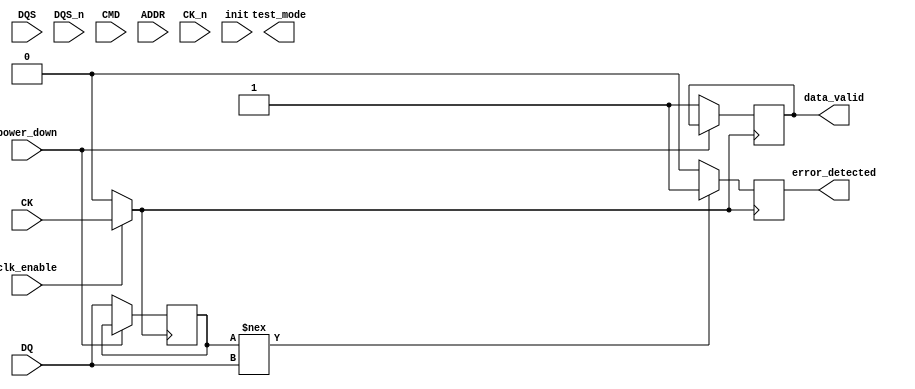
module gddr5_io_block (
    // I/O Interface
    input  wire [15:0] DQ,        // Data lines (16 bits)
    input  wire [1:0] DQS,        // Strobe signals
    input  wire [1:0] DQS_n,      // Inverted strobe signals
    input  wire [3:0] CMD,        // Command lines
    input  wire [15:0] ADDR,      // Address lines

    // Clock Management
    input  wire CK,               // Clock input
    input  wire CK_n,             // Inverted clock input
    input  wire clk_enable,        // Clock enable signal

    // Power Management
    input  wire power_down,       // Power down signal

    // Status Signals
    output wire data_valid,       // Data valid signal
    output wire error_detected,    // Error detection signal

    // Initialization
    input  wire init,             // Initialization signal

    // Debugging
    output wire test_mode          // Test mode signal
);

// Internal signals
reg [15:0] data_buffer;           // Data buffer
reg data_valid_reg;               // Data valid register
reg error_detected_reg;           // Error detected register
reg [3:0] state;                  // State machine
reg [3:0] cmd_reg;                // Command register

// State machine for operation
localparam IDLE = 4'b0000,
           READ = 4'b0001,
           WRITE = 4'b0010,
           REFRESH = 4'b0011;

// Clock Gating
wire clk_out = clk_enable ? CK : 1'b0;

// Input Buffering
always @(posedge clk_out) begin
    if (!power_down) begin
        data_buffer <= DQ; // Capture data on clock edge
        data_valid_reg <= 1'b1; // Set data valid
    end
end

// Command Decoder
always @(posedge clk_out) begin
    if (!power_down) begin
        cmd_reg <= CMD; // Capture command
        case (cmd_reg)
            4'b0001: state <= READ;   // Read command
            4'b0010: state <= WRITE;  // Write command
            4'b0011: state <= REFRESH; // Refresh command
            default: state <= IDLE;    // Default to idle
        endcase
    end
end

// Error Detection (simplified)
always @(posedge clk_out) begin
    if (data_buffer !== DQ) begin
        error_detected_reg <= 1'b1; // Error detected
    end else begin
        error_detected_reg <= 1'b0; // No error
    end
end

// Output assignments
assign data_valid = data_valid_reg;
assign error_detected = error_detected_reg;

// Initialization sequence (simplified)
always @(posedge init) begin
    // Initialization logic goes here
end

endmodule